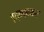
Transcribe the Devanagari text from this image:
वृत्तप्रकार